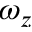
\omega _ { z }